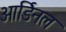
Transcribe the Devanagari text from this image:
आर्डिनल